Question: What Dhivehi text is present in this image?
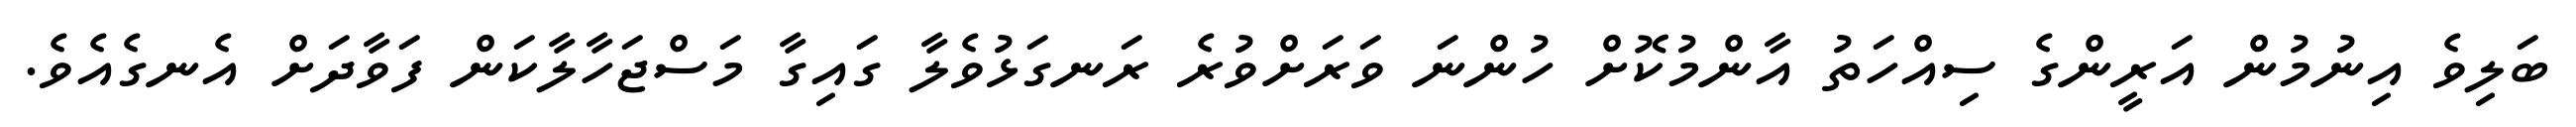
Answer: ބަލިވެ އިނުމުން އަރީންގެ ސިއްހަތު އާންމުކޮށް ހުންނަ ވަރަށްވުރެ ރަނގަޅުވެލާ ގައިގާ މަސްޖަހާލާކަން ފަވާދަށް އެނގެއެވެ.